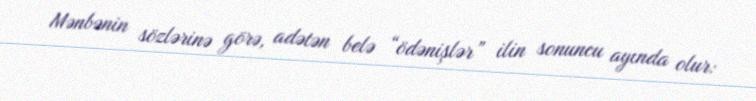
Mənbənin sözlərinə görə, adətən belə “ödənişlər” ilin sonuncu ayında olur: